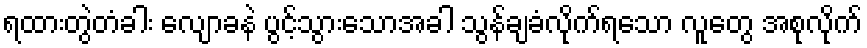
ရထားတွဲတံခါး လျောခနဲ ပွင့်သွားသောအခါ သွန်ချခံလိုက်ရသော လူတွေ အစုလိုက်